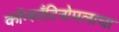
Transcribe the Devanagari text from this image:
कॉन्स्टँटिनोपलाचा